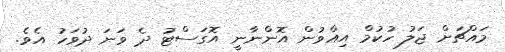
މައްޗަށް ޖަލު ހުކުމް އިއްވުން އޮންނާނީ އޮގަސްޓު ދެ ވަނަ ދުވަހު އެވެ.